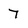
Character: 7